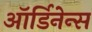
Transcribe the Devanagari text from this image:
ऑर्डिनेन्स